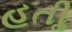
હતીૢ